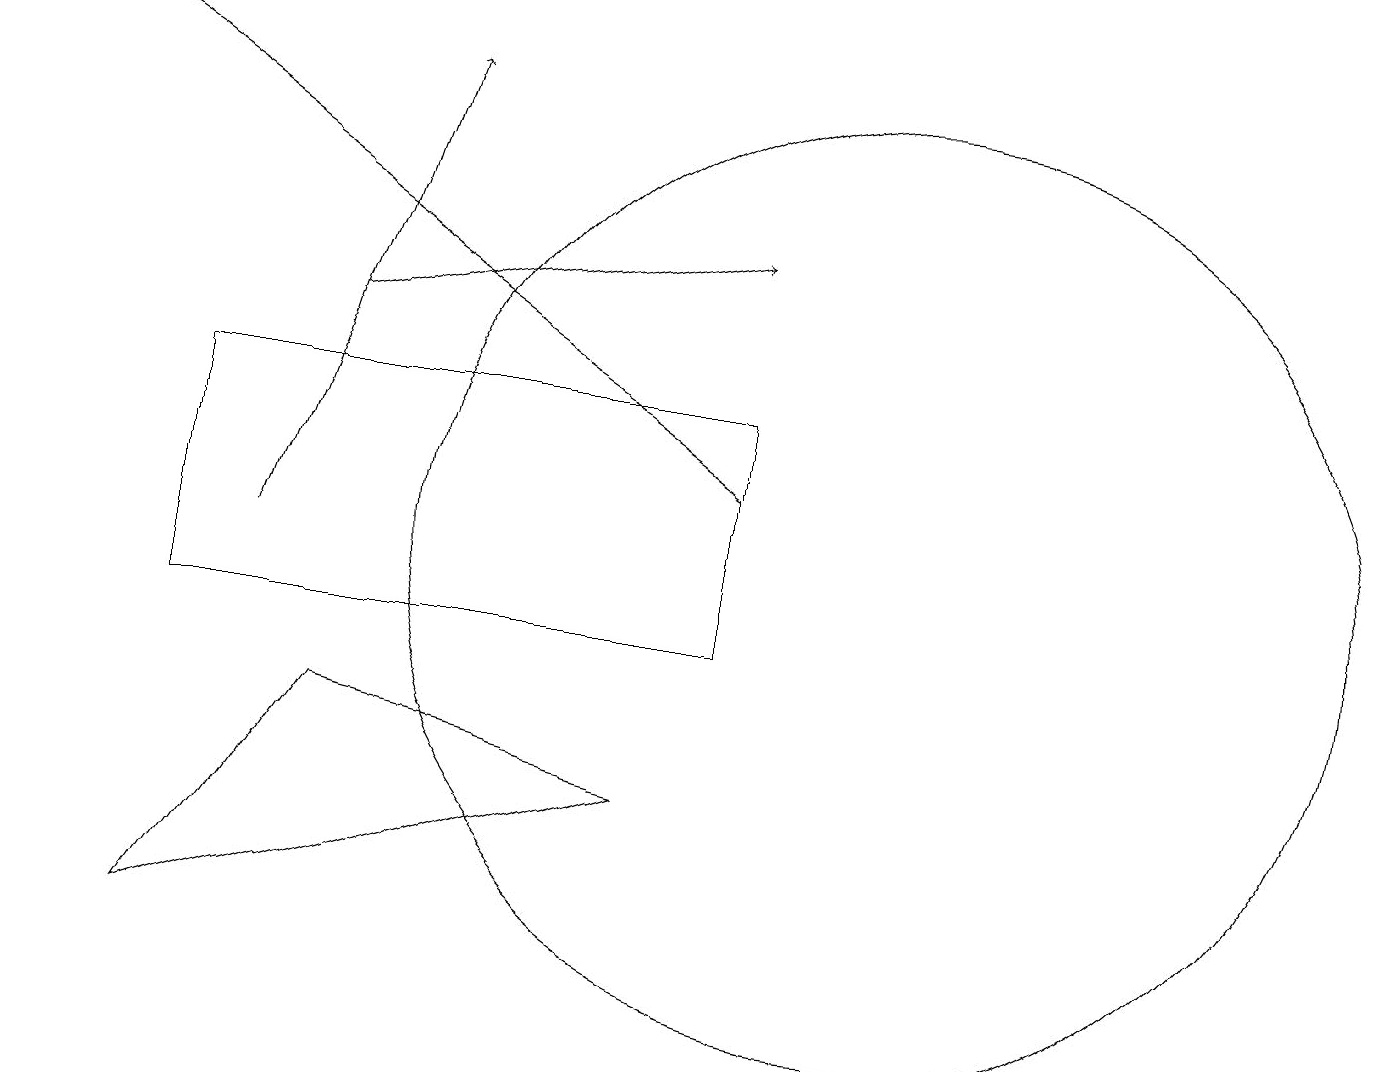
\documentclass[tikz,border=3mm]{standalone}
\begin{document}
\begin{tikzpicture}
\draw (12,11) circle (0);
\draw[->] (3,11) -- (5,17);
\draw (11,11) circle (6);
\draw[->] (4,14) -- (9,15);
\draw (4,9) -- (8,8) -- (2,6) -- cycle;
\draw (9,10) rectangle (2,13);
\draw[->] (9,12) -- (0,18);
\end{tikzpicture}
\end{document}